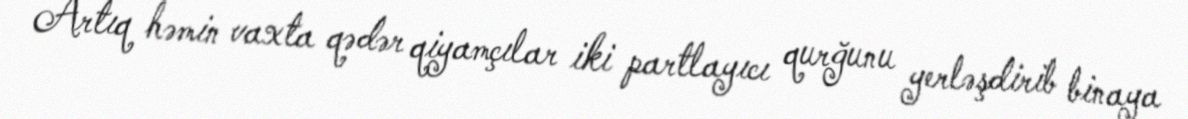
Artıq həmin vaxta qədər qiyamçılar iki partlayıcı qurğunu yerləşdirib binaya